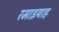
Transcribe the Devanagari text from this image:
रमाइयाह